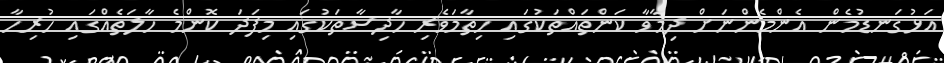
އަޅުގަނޑުމެން އެންމެންނަށް ދިމާވާ ކަންތައްތަކުގައި ހިތާމަވެރި ހާދިސާތަކުގައި މިފަދަ ކޮންމެ ހާލަތެއްގައި ހުރިހާ